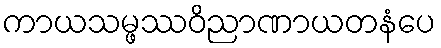
ကာယသမ္ဖဿဝိညာဏာယတနံပေ